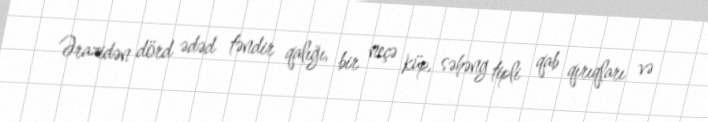
Ərazidən dörd ədəd təndir qalığı, bir neçə küp, səhəng tipli qab qırıqları və